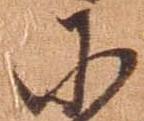
に